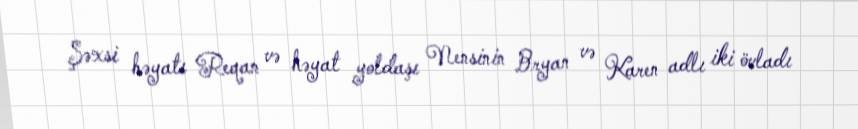
Şəxsi həyatı Reqan və həyat yoldaşı Nensinin Bryan və Karen adlı iki övladı